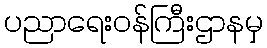
ပညာရေးဝန်ကြီးဌာနမှ